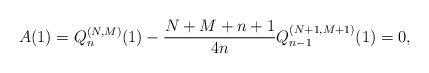
LaTeX: \begin{gather*} A(1)=Q_{n}^{(N,M) }(1) -\frac{N+M+n+1}{4n} Q_{n-1}^{(N+1,M+1) }(1) =0,\end{gather*}